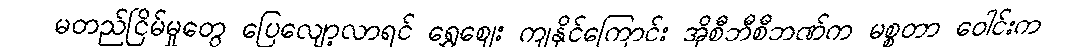
မတည်ငြိမ်မှုတွေ ပြေလျော့လာရင် ရွှေဈေး ကျနိုင်ကြောင်း အိုစီဘီစီဘဏ်က မစ္စတာ ဝေါင်းက